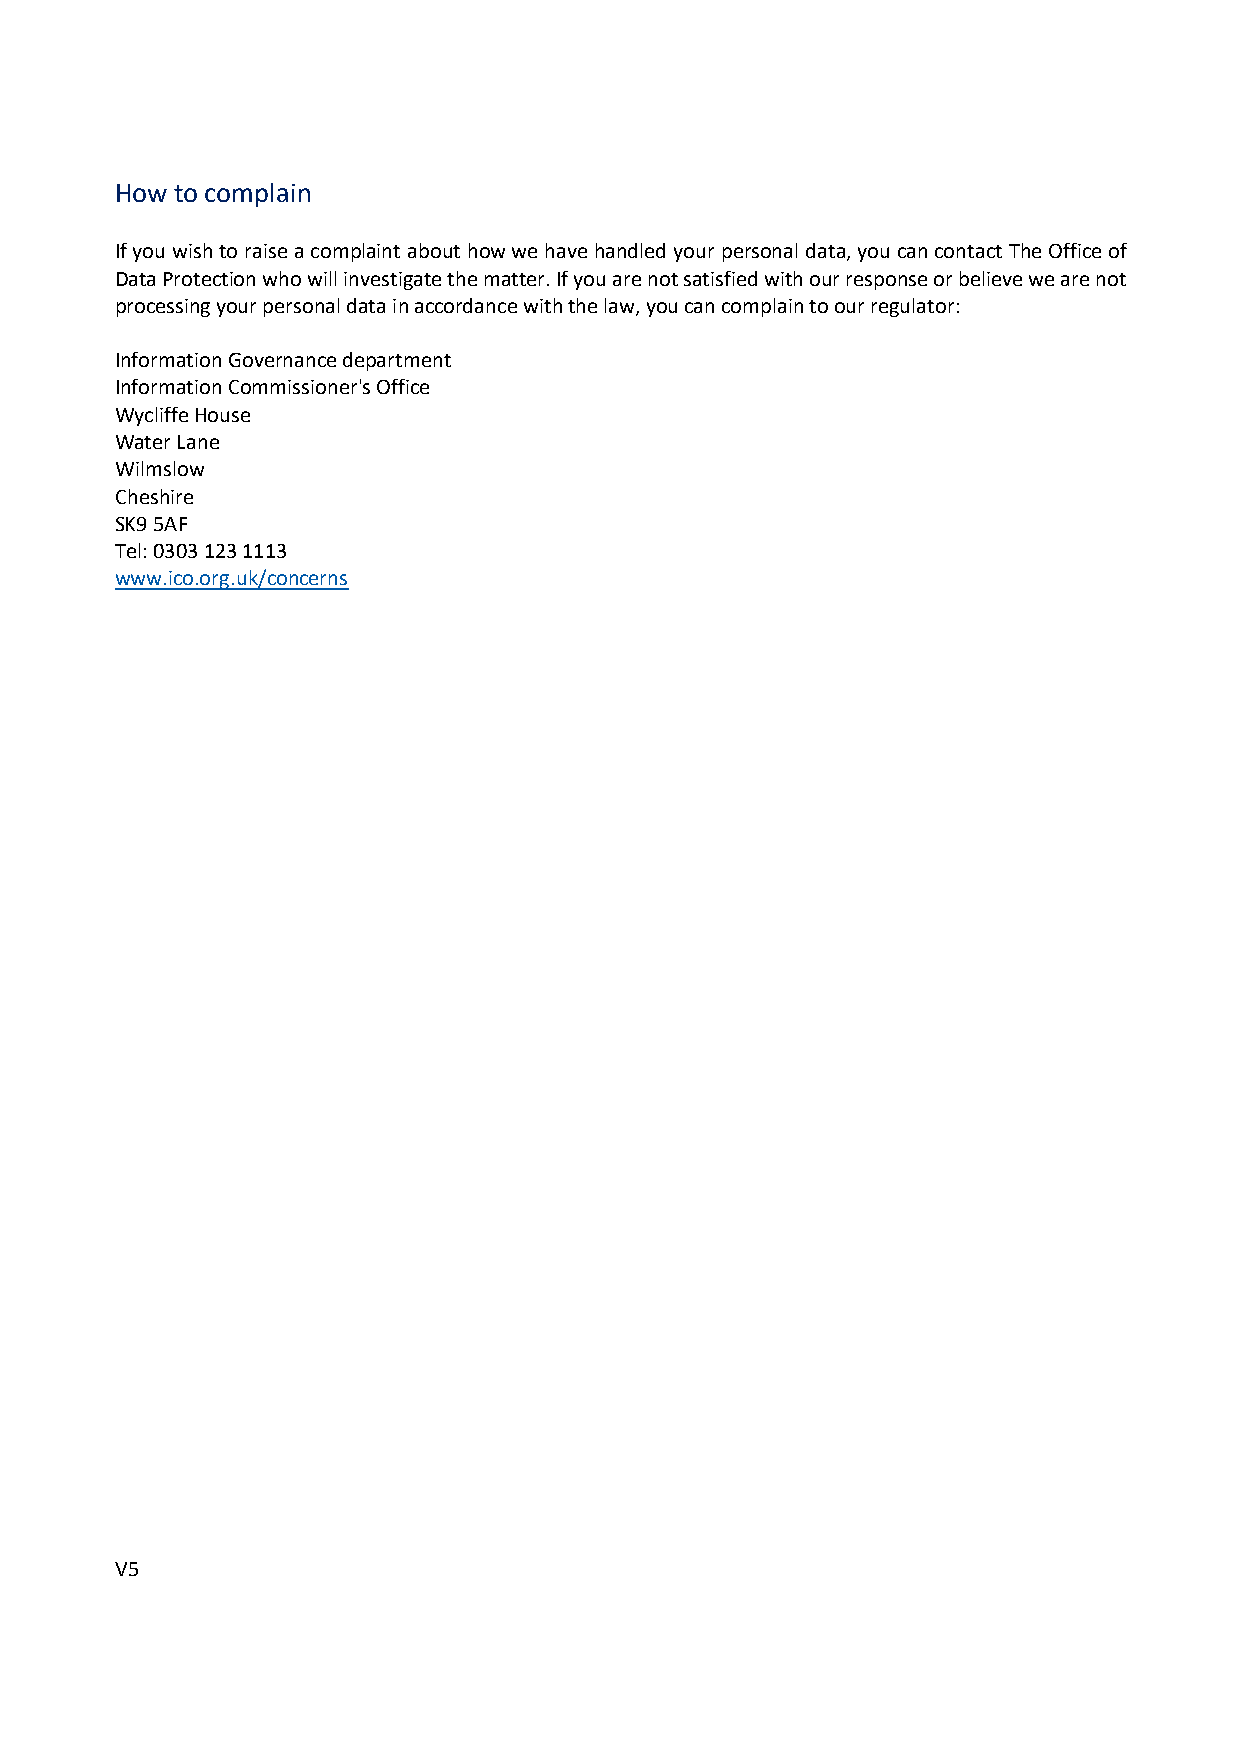
How to complain
 If you wish to raise a complaint about how we have handled your personal data, you can contact The Office of
 Data Protection who will investigate the matter. If you are not satisfied with our response or believe we are not
 processing your personal data in accordance with the law, you can complain to our regulator:
 Information Governance department
 Information Commissioner's Office
 Wycliffe House
 Water Lane
 Wilmslow
 Cheshire
 SK9 5AF
 Tel: 0303 123 1113
 www.ico.org.uk/concerns
 V5